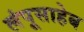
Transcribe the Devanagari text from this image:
लंपूसाहेब